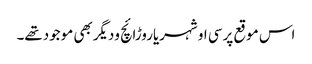
اس موقع پرسی او شہریاروڑائچ ودیگربھی موجودتھے۔